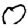
Digit: 0